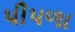
પીપળા